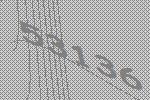
53136